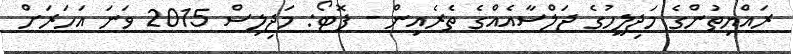
ރައްޔިތުންގެ މަޖިލީހުގެ ޖަލްސާއެއްގެ ތެރެއިން - ފޮޓޯ: މަޖިލިސް 2015 ވަނަ އަހަރަށް